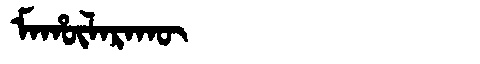
Manchu: ᠮᠠᡥᡡᠯᠠᡵᠠᡴᡡ
Romanization: MAHŪLARAKŪ